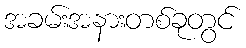
အခမ်းအနားတစ်ခုတွင်